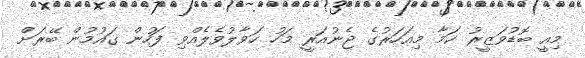
މިއީ ބޮޑުވަޒީރު ކަމާ މިއަހަރުގެ ޖެނުއަރީ މަހު ހަވާލުވެލެއްވި ފަހުން ގައުމުން ބޭރަށް